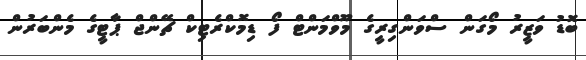
ބޮޑު ވަޒީރު މޯގަން ސްވަންގިރީގެ މޫވްމަންޓް ފޯ ޑިމޮކްރެޓިކް ޗޭންޖް ޕާޓީގެ މެންބަރުން